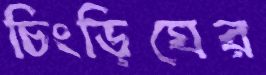
চিংড়িঘের